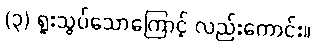
(၃) ရူးသွပ်သောကြောင့် လည်းကောင်း။